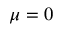
\mu = 0